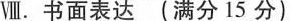
Ⅷ.书面表达（满分15分）